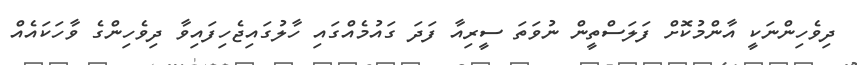
ދިވެހިންނަކީ އާންމުކޮށް ފަލަސްތީން ނުވަތަ ސީރިއާ ފަދަ ގައުމެއްގައި ހާލުގައިޖެހިފައިވާ ދިވެހިންގެ ވާހަކައެއް